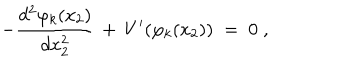
LaTeX: - \frac { d ^ { 2 } \varphi _ { k } ( x _ { 2 } ) } { d x _ { 2 } ^ { 2 } } \, + \, V ^ { \prime } ( \varphi _ { k } ( x _ { 2 } ) ) \; = \; 0 \; ,